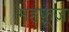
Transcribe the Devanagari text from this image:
महफ़ूज़